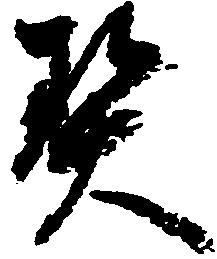
契